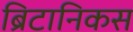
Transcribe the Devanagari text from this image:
ब्रिटानिकस